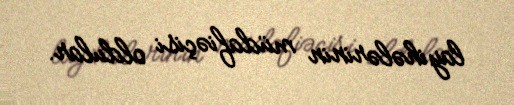
layihələrinin müdafiəçisi oldular.